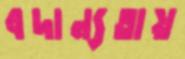
বদান্যতায়